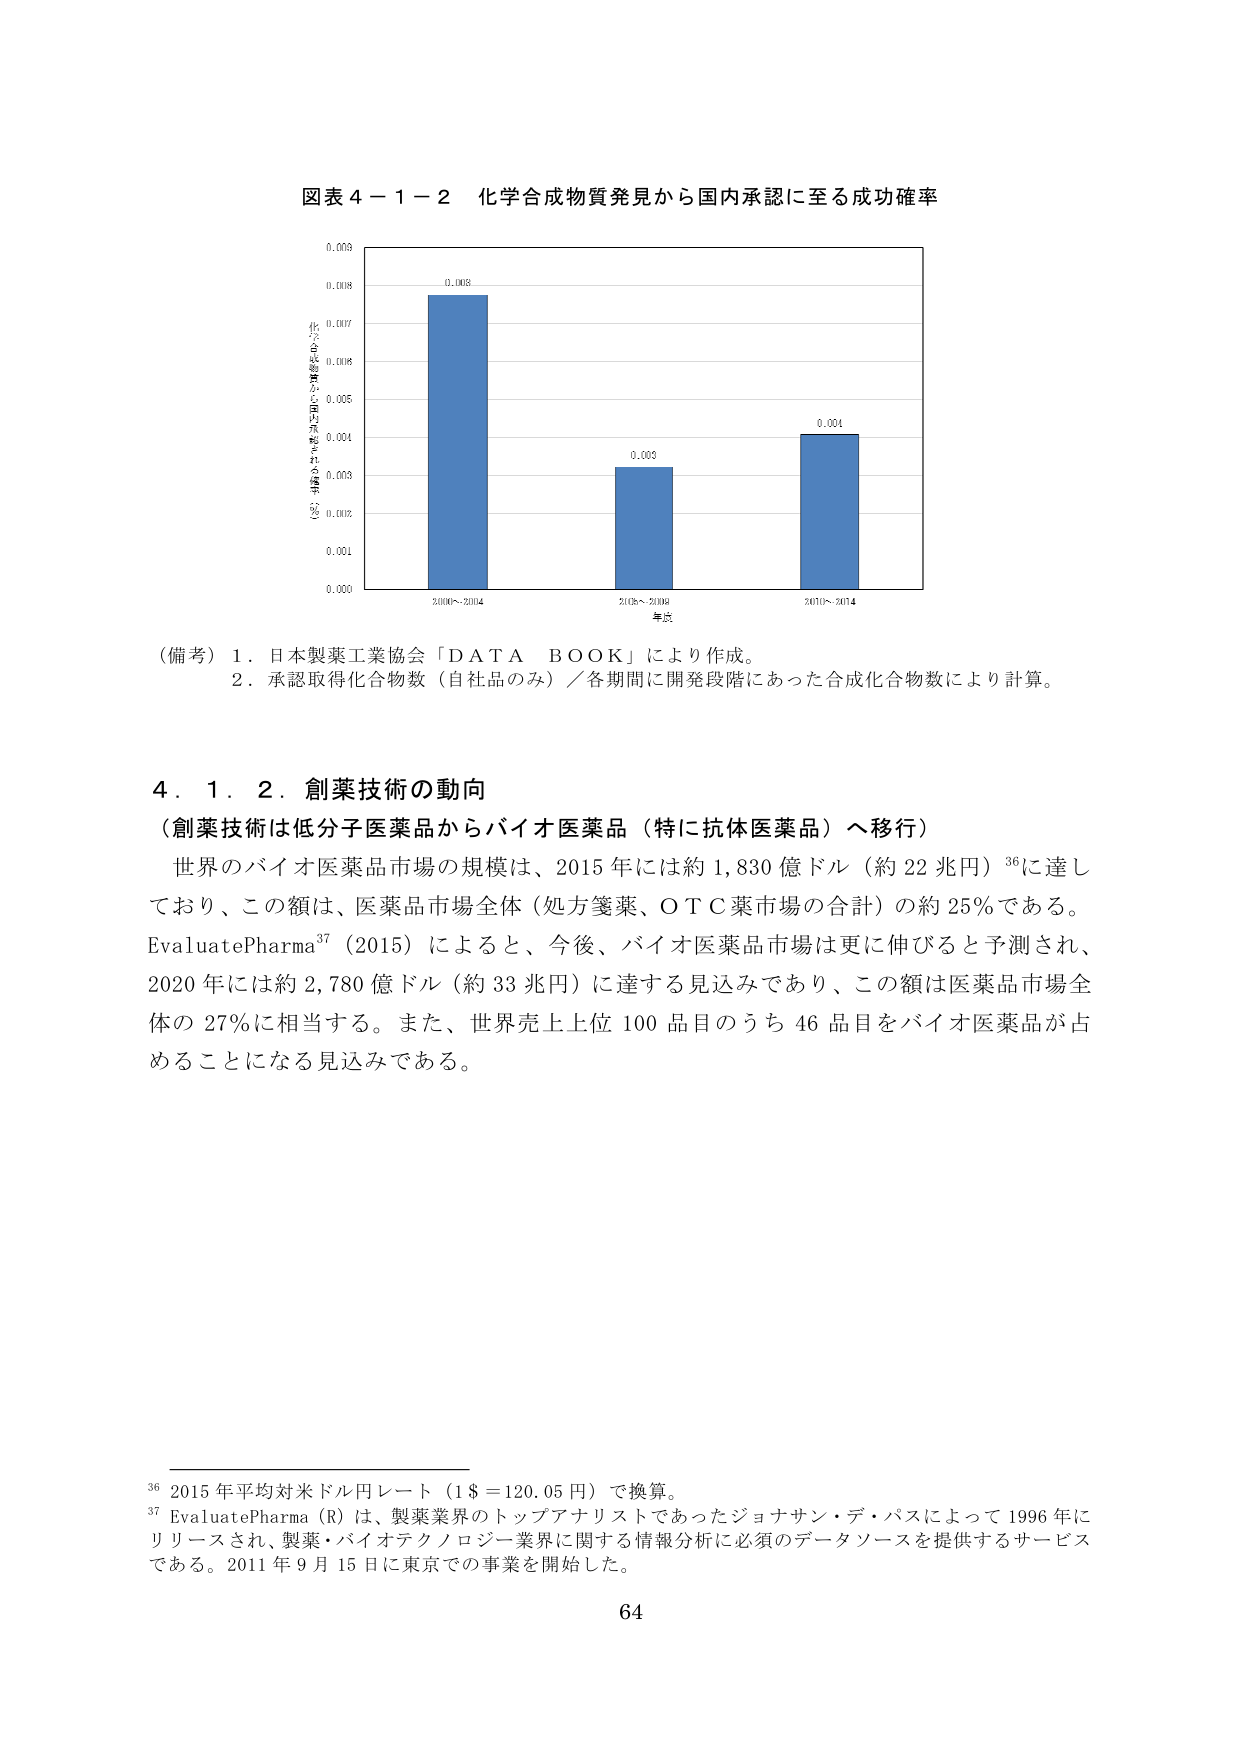
図表４－１－２　化学合成物質発見から国内承認に至る成功確率

（承認取得化合物数／開発段階にあった合成化合物数）

0.008
0.007
0.006
0.005
0.004
0.003
0.002
0.001
0.000

2000～2004
2005～2009
2010～2014

年次

0.008
0.003
0.004

（備考）１．日本製薬工業協会「ＤＡＴＡ　ＢＯＯＫ」により作成。
　　　　２．承認取得化合物数（自社品のみ）／各期間に開発段階にあった合成化合物数により計算。

４．１．２．創薬技術の動向
（創薬技術は低分子医薬品からバイオ医薬品（特に抗体医薬品）へ移行）
　世界のバイオ医薬品市場の規模は、2015年には約1,830億ドル（約22兆円）36に達しており、この額は、医薬品市場全体（処方箋薬、ＯＴＣ薬市場の合計）の約25％である。EvaluatePharma37（2015）によると、今後、バイオ医薬品市場は更に伸びると予測され、2020年には約2,780億ドル（約33兆円）に達する見込みであり、この額は医薬品市場全体の27％に相当する。また、世界売上上位100品目のうち46品目をバイオ医薬品が占めることになる見込みである。

36 2015年平均対米ドル円レート（1＄＝120.05円）で換算。
37 EvaluatePharma（R）は、製薬業界のトップアナリストであったジョナサン・デ・パスによって1996年にリリースされ、製薬・バイオテクノロジー業界に関する情報分析に必須のデータソースを提供するサービスである。2011年9月15日に東京での事業を開始した。

64